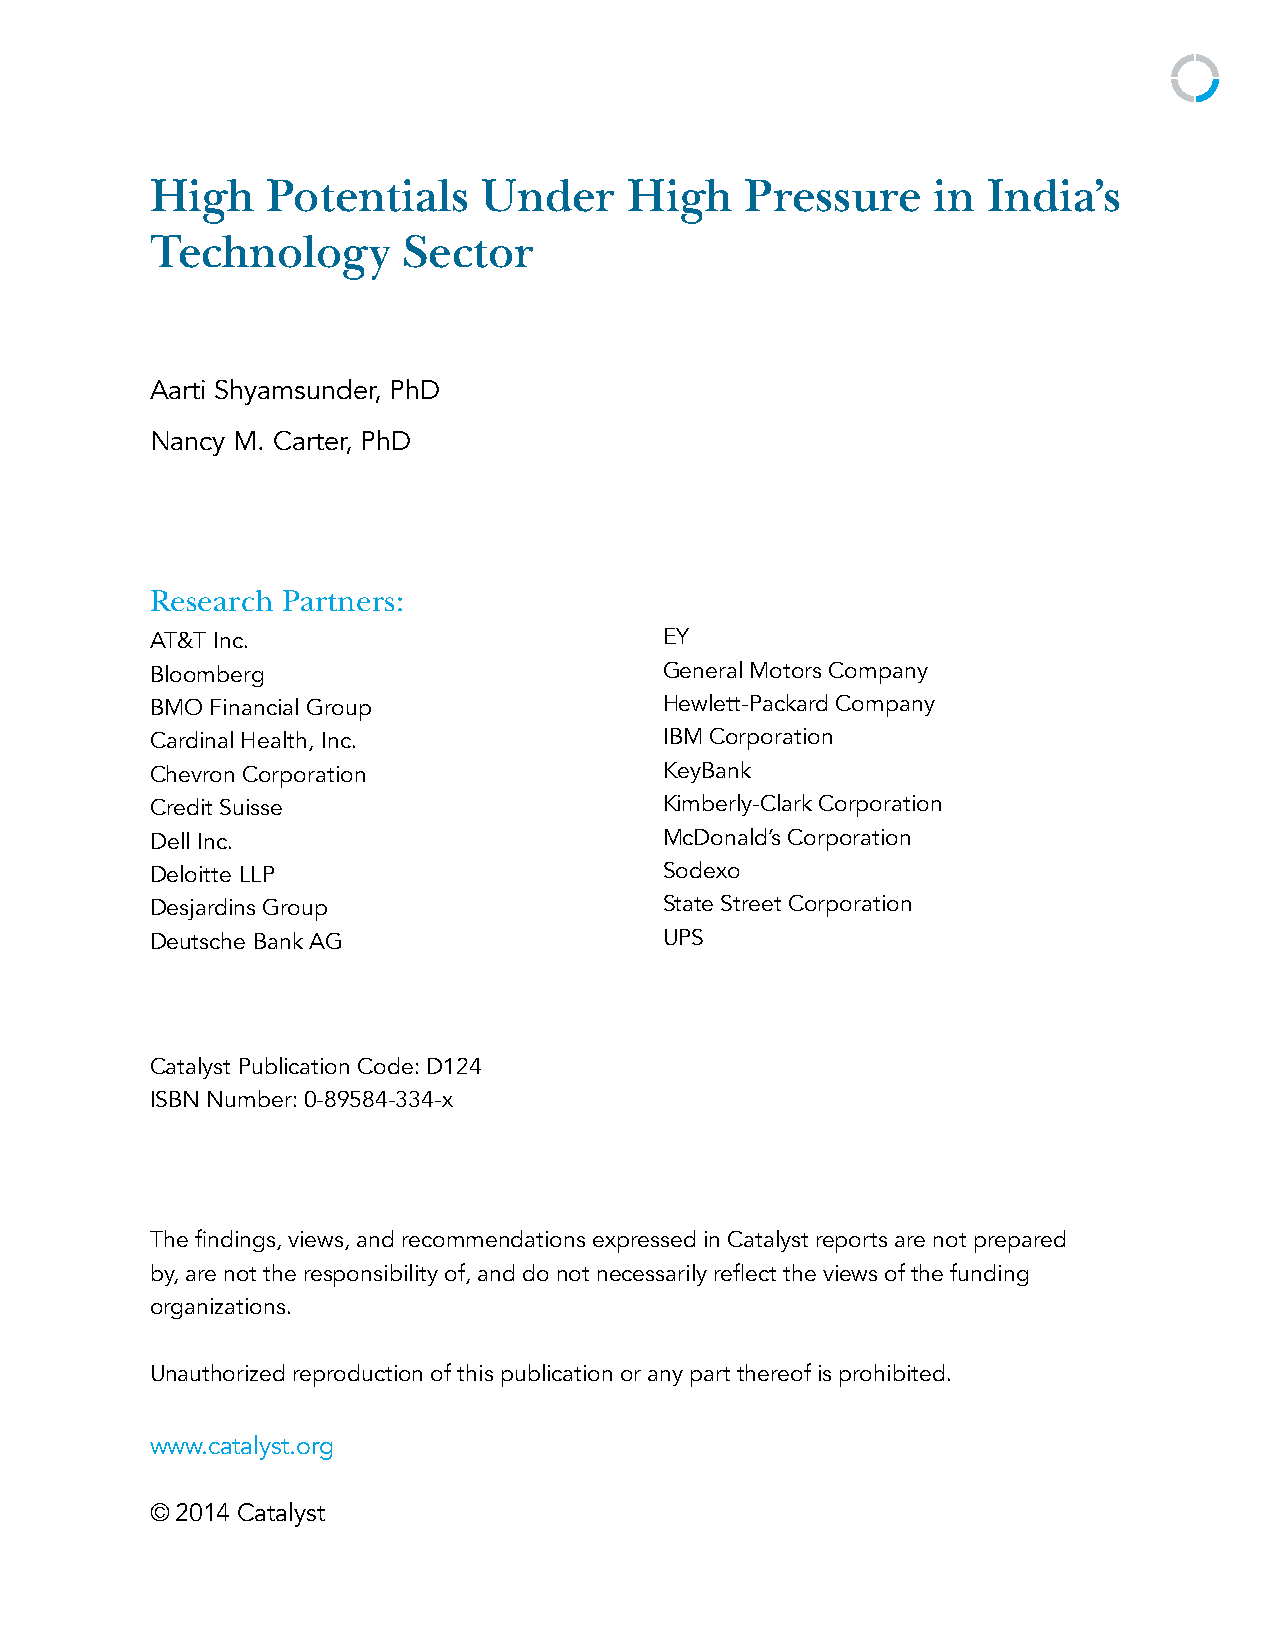
High    Potentials    Under     High   Pressure     in India’s
 Technology       Sector
 Aarti Shyamsunder, PhD
 Nancy M. Carter, PhD
 Research Partners:
 AT&T Inc.                         EY
 Bloomberg                         General Motors Company
 BMO Financial Group               Hewlett-Packard Company
 Cardinal Health, Inc.             IBM Corporation
 Chevron Corporation               KeyBank
 Credit Suisse                     Kimberly-Clark Corporation
 Dell Inc.                         McDonald’s Corporation
 Deloitte LLP                      Sodexo
 Desjardins Group                  State Street Corporation
 Deutsche Bank AG                  UPS
 Catalyst Publication Code: D124
 ISBN Number: 0-89584-334-x
 The findings, views, and recommendations expressed in Catalyst reports are not prepared
 by, are not the responsibility of, and do not necessarily reflect the views of the funding
 organizations.
 Unauthorized reproduction of this publication or any part thereof is prohibited.
 www.catalyst.org
 © 2014 Catalyst